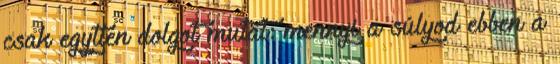
csak egytlen dolgot mutat: mennyi a súlyod ebben a